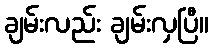
ချမ်းလည်း ချမ်းလှပြီ။